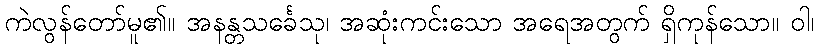
ကဲလွန်တော်မူ၏။ အနန္တသင်္ခေသု၊ အဆုံးကင်းသော အရေအတွက် ရှိကုန်သော။ ဝါ၊